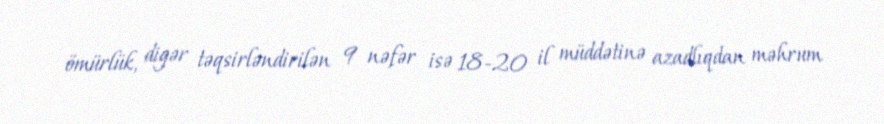
ömürlük, digər təqsirləndirilən 9 nəfər isə 18-20 il müddətinə azadlıqdan məhrum